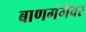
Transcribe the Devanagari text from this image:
बाणगंगेवर